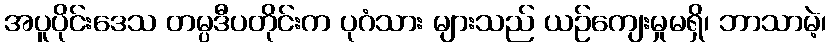
အပူပိုင်းဒေသ တမ္ပဒီပတိုင်းက ပုဂံသား များသည် ယဉ်ကျေးမှုမရှိ၊ ဘာသာမဲ့၊